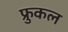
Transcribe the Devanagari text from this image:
फ्रुकल